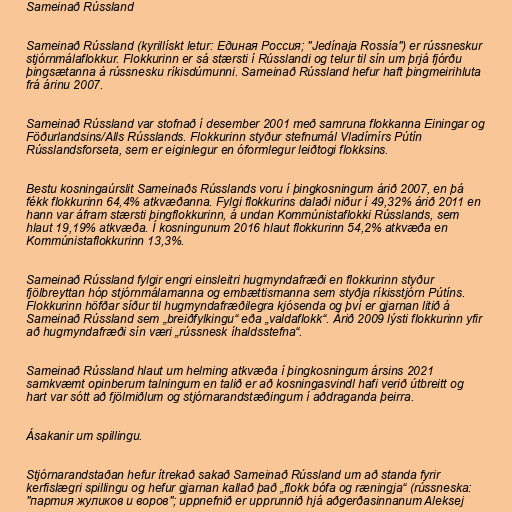
Sameinað Rússland

Sameinað Rússland (kyrillískt letur: Единая Россия; "Jedínaja Rossía") er rússneskur
stjórnmálaflokkur. Flokkurinn er sá stærsti í Rússlandi og telur til sín um þrjá fjórðu
þingsætanna á rússnesku ríkisdúmunni. Sameinað Rússland hefur haft þingmeirihluta
frá árinu 2007.

Sameinað Rússland var stofnað í desember 2001 með samruna flokkanna Einingar og
Föðurlandsins/Alls Rússlands. Flokkurinn styður stefnumál Vladímírs Pútín
Rússlandsforseta, sem er eiginlegur en óformlegur leiðtogi flokksins.

Bestu kosningaúrslit Sameinaðs Rússlands voru í þingkosningum árið 2007, en þá
fékk flokkurinn 64,4% atkvæðanna. Fylgi flokkurins dalaði niður í 49,32% árið 2011 en
hann var áfram stærsti þingflokkurinn, á undan Kommúnistaflokki Rússlands, sem
hlaut 19,19% atkvæða. Í kosningunum 2016 hlaut flokkurinn 54,2% atkvæða en
Kommúnistaflokkurinn 13,3%.

Sameinað Rússland fylgir engri einsleitri hugmyndafræði en flokkurinn styður
fjölbreyttan hóp stjórnmálamanna og embættismanna sem styðja ríkisstjórn Pútíns.
Flokkurinn höfðar síður til hugmyndafræðilegra kjósenda og því er gjarnan litið á
Sameinað Rússland sem „breiðfylkingu“ eða „valdaflokk“. Árið 2009 lýsti flokkurinn yfir
að hugmyndafræði sín væri „rússnesk íhaldsstefna“.

Sameinað Rússland hlaut um helming atkvæða í þingkosningum ársins 2021
samkvæmt opinberum talningum en talið er að kosningasvindl hafi verið útbreitt og
hart var sótt að fjölmiðlum og stjórnarandstæðingum í aðdraganda þeirra.

Ásakanir um spillingu.

Stjórnarandstaðan hefur ítrekað sakað Sameinað Rússland um að standa fyrir
kerfislægri spillingu og hefur gjarnan kallað það „flokk bófa og ræningja“ (rússneska:
"партия жуликов и воров"; uppnefnið er upprunnið hjá aðgerðasinnanum Aleksej